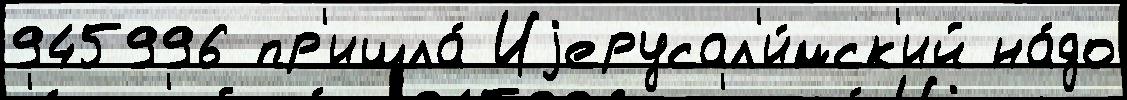
945996 пр'ишла́ Иjерусал'и́мск'ий на́до